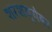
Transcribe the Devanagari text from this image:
शरशय्येवर